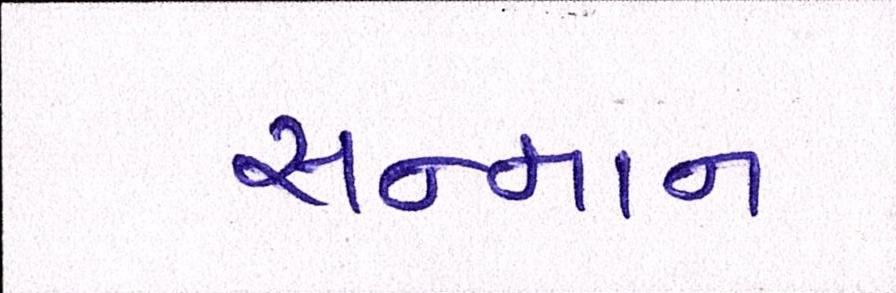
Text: સન્માન